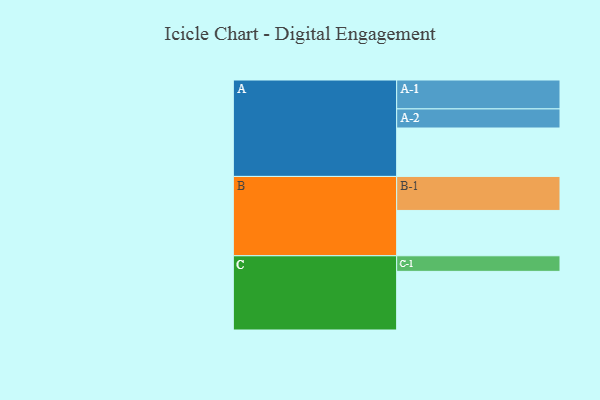
{"axis": {"x": "Segment", "y": "Value"}, "legend": ["", "A", "B", "C"], "data": [{"x": "A", "y": 360, "type": ""}, {"x": "B", "y": 337, "type": ""}, {"x": "C", "y": 436, "type": ""}, {"x": "A-1", "y": 215, "type": "A"}, {"x": "A-2", "y": 142, "type": "A"}, {"x": "B-1", "y": 253, "type": "B"}, {"x": "C-1", "y": 116, "type": "C"}]}